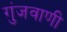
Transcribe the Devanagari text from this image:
गुंजवाणी